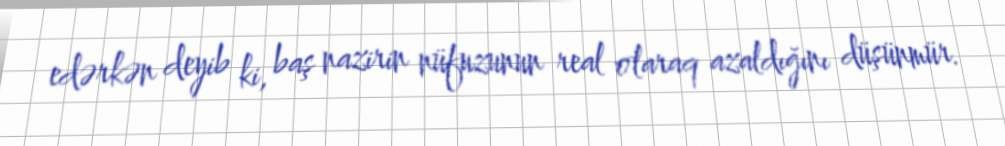
edərkən deyib ki, baş nazirin nüfuzunun real olaraq azaldığını düşünmür.